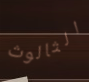
الثالوث